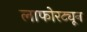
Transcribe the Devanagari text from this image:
लाफोरट्यून